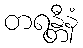
တရန္တီနံ